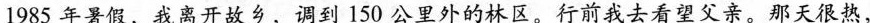
1985年暑假，我离开故乡，调到150公里外的林区。行前我去看望父亲。那天很热，